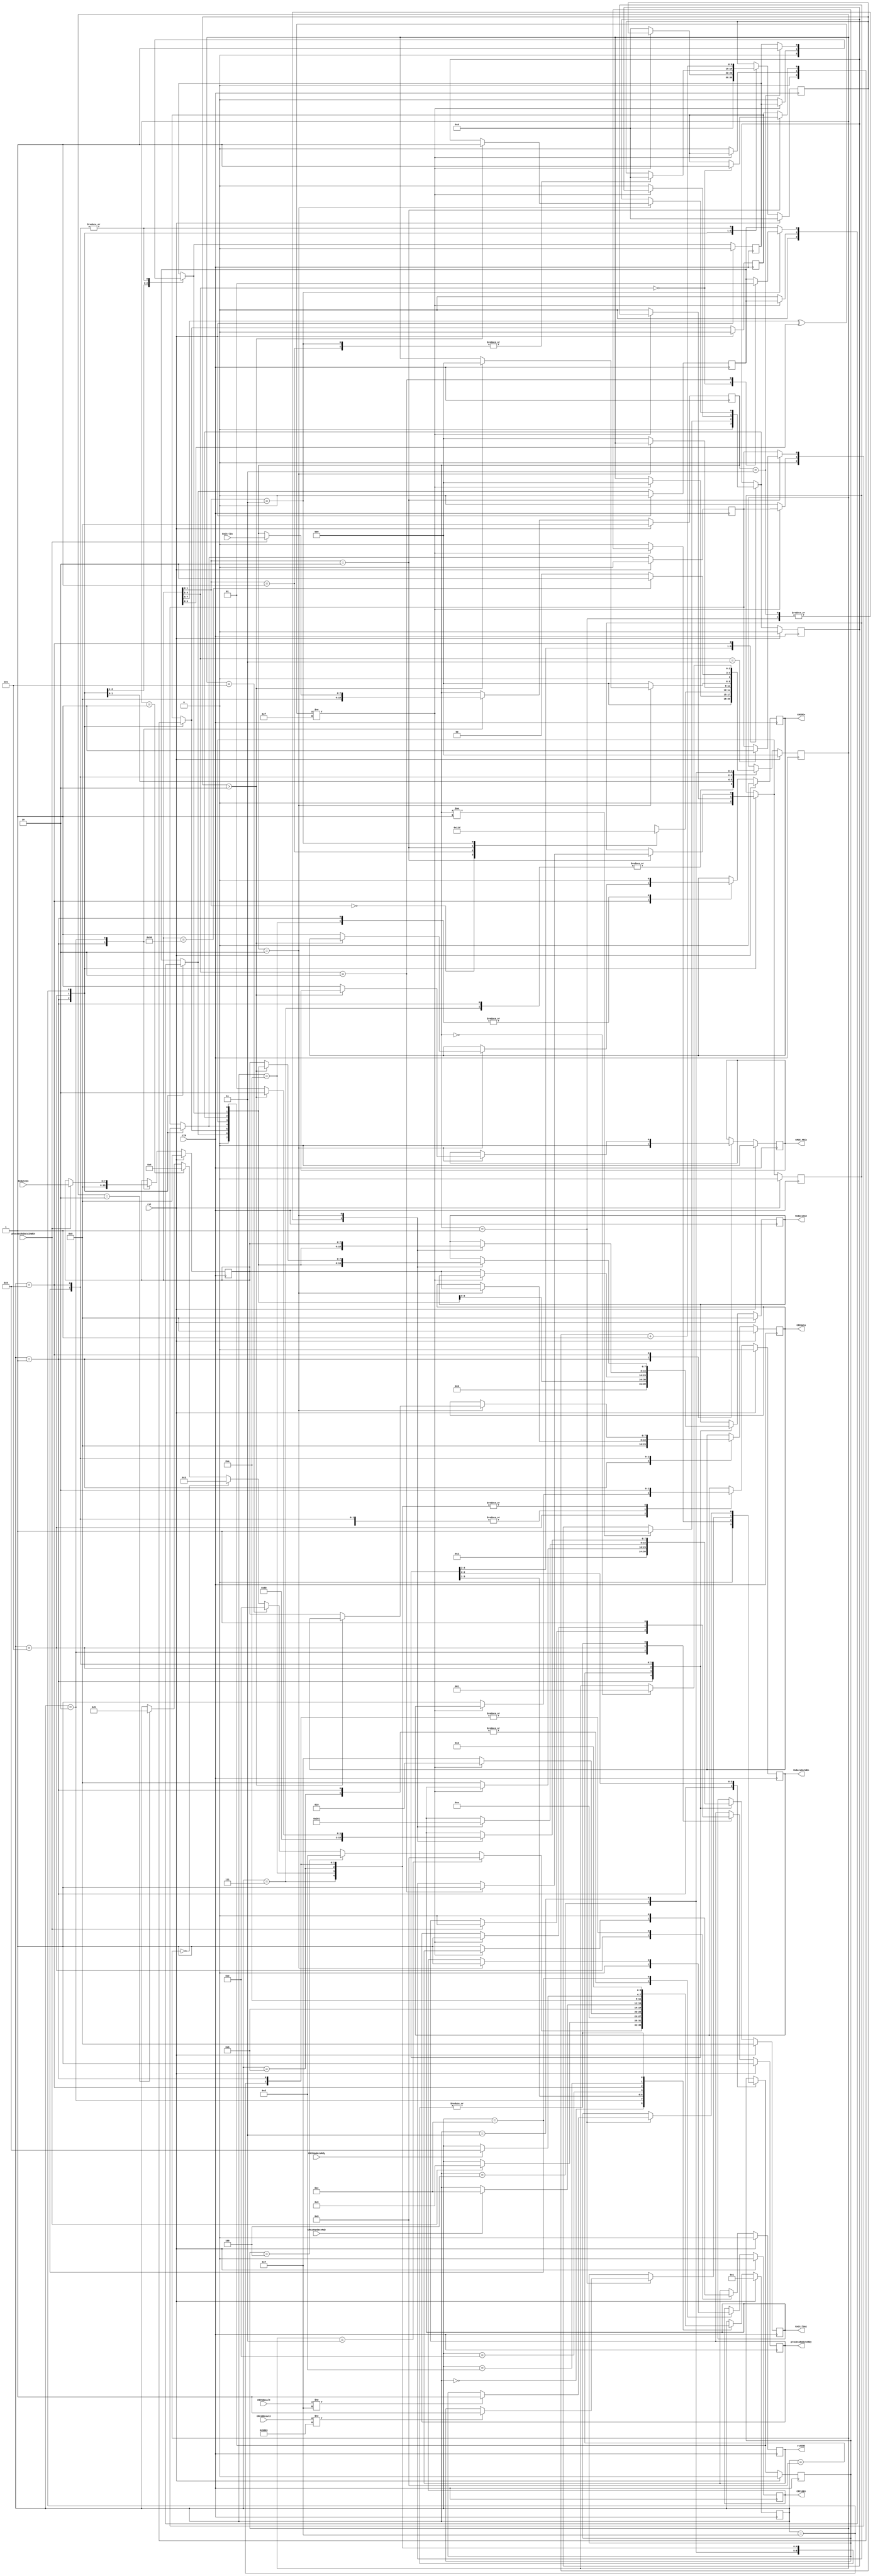
module processRxByte (
	input		[15:0]	CRC16Result,
	input				CRC16UpdateRdy,
	input		[4:0]	CRC5Result,
	input				CRC5UpdateRdy,
	input		[7:0]	RxByteIn,
	input		[7:0]	RxCtrlIn,
	input				clk,
	input				processRxDataInWEn,
	input				rst,
	output	reg			CRC16En,
	output	reg			CRC5En,
	output	reg			CRC5_8Bit,
	output	reg	[7:0]	CRCData,
	output	reg	[7:0]	RxCtrlOut,
	output	reg			RxDataOutWEn,
	output	reg	[7:0]	RxDataOut,
	output	reg			processRxByteRdy,
	output	reg			rstCRC
);

	reg				next_CRC16En;
	reg				next_CRC5En;
	reg				next_CRC5_8Bit;
	reg		[7:0]	next_CRCData;
	reg		[7:0]	next_RxCtrlOut;
	reg				next_RxDataOutWEn;
	reg		[7:0]	next_RxDataOut;
	reg				next_processRxByteRdy;
	reg				next_rstCRC;

	reg				ACKRxed, next_ACKRxed;
	reg				CRCError, next_CRCError;
	reg				NAKRxed, next_NAKRxed;
	reg		[2:0]	RXByteStMachCurrState, next_RXByteStMachCurrState;
	reg		[9:0]	RXDataByteCnt, next_RXDataByteCnt;
	reg		[7:0]	RxByte, next_RxByte;
	reg		[7:0]	RxCtrl, next_RxCtrl;
	reg				RxOverflow, next_RxOverflow;
	wire	[7:0]	RxStatus;
	reg				RxTimeOut, next_RxTimeOut;
	reg				Signal1, next_Signal1;
	reg				bitStuffError, next_bitStuffError;
	reg				dataSequence, next_dataSequence;
	reg				stallRxed, next_stallRxed;

	reg		[3:0]	CurrState_prRxByte;
	reg		[3:0]	NextState_prRxByte;

	assign RxStatus = {1'b0, next_dataSequence, next_ACKRxed, next_stallRxed, next_NAKRxed, next_RxOverflow, next_bitStuffError, next_CRCError};

	//--------------------------------------------------------------------
	// Machine: prRxByte
	//--------------------------------------------------------------------
	//----------------------------------
	// Next State Logic (combinatorial)
	//----------------------------------
	always@(*) begin
		NextState_prRxByte <= CurrState_prRxByte;
		// Set default values for outputs and signals
		next_RxByte <= RxByte;
		next_RxCtrl <= RxCtrl;
		next_RXByteStMachCurrState <= RXByteStMachCurrState;
		next_CRCError <= CRCError;
		next_bitStuffError <= bitStuffError;
		next_RxOverflow <= RxOverflow;
		next_RxTimeOut <= RxTimeOut;
		next_NAKRxed <= NAKRxed;
		next_stallRxed <= stallRxed;
		next_ACKRxed <= ACKRxed;
		next_dataSequence <= dataSequence;
		next_RxDataOut <= RxDataOut;
		next_RxCtrlOut <= RxCtrlOut;
		next_RxDataOutWEn <= RxDataOutWEn;
		next_rstCRC <= rstCRC;
		next_CRCData <= CRCData;
		next_CRC5En <= CRC5En;
		next_CRC5_8Bit <= CRC5_8Bit;
		next_CRC16En <= CRC16En;
		next_RXDataByteCnt <= RXDataByteCnt;
		next_processRxByteRdy <= processRxByteRdy;
		case(CurrState_prRxByte)
			4'd0: begin
				if(RXByteStMachCurrState==3'd3)	NextState_prRxByte <= 4'd8;
				else if(RXByteStMachCurrState==3'd4)	NextState_prRxByte <= 4'd13;
				else if(RXByteStMachCurrState==3'd5)	NextState_prRxByte <= 4'd14;
				else if(RXByteStMachCurrState==3'd0)	NextState_prRxByte <= 4'd3;
				else if(RXByteStMachCurrState==3'd1)	NextState_prRxByte <= 4'd4;
				else if(RXByteStMachCurrState==3'd2)	NextState_prRxByte <= 4'd5;
			end
			4'd1: begin
				next_RxByte <= 8'h00;
				next_RxCtrl <= 8'h00;
				next_RXByteStMachCurrState <= 3'd0;
				next_CRCError <= 1'b0;
				next_bitStuffError <= 1'b0;
				next_RxOverflow <= 1'b0;
				next_RxTimeOut <= 1'b0;
				next_NAKRxed <= 1'b0;
				next_stallRxed <= 1'b0;
				next_ACKRxed <= 1'b0;
				next_dataSequence <= 1'b0;
				next_RxDataOut <= 8'h00;
				next_RxCtrlOut <= 8'h00;
				next_RxDataOutWEn <= 1'b0;
				next_rstCRC <= 1'b0;
				next_CRCData <= 8'h00;
				next_CRC5En <= 1'b0;
				next_CRC5_8Bit <= 1'b0;
				next_CRC16En <= 1'b0;
				next_RXDataByteCnt <= 10'h00;
				next_processRxByteRdy <= 1'b1;
				NextState_prRxByte <= 4'd2;
			end
			4'd2: begin
				if(processRxDataInWEn) begin
					NextState_prRxByte <= 4'd0;
					next_RxByte <= RxByteIn;
					next_RxCtrl <= RxCtrlIn;
					next_processRxByteRdy <= 1'b0; end
			end
			4'd7: begin
				next_RxDataOutWEn <= 1'b0;
				next_RXByteStMachCurrState <= 3'd0;
				NextState_prRxByte <= 4'd2;
				next_processRxByteRdy <= 1'b1;
			end
			4'd8: begin
				NextState_prRxByte <= 4'd7;
				if(RxCtrl!=8'd1)	next_RxOverflow <= 1'b1;	//If more than PID rxed, then report error
				next_RxDataOut <= RxStatus;
				next_RxCtrlOut <= 2;
				next_RxDataOutWEn <= 1'b1;
			end
			4'd5: begin
				if((RxByte[7:4]^RxByte[3:0])!=4'hf) begin
					NextState_prRxByte <= 4'd2;
					next_RXByteStMachCurrState <= 3'd0;
					next_processRxByteRdy <= 1'b1; end
				else begin
					NextState_prRxByte <= 4'd6;
					next_CRCError <= 1'b0;
					next_bitStuffError <= 1'b0;
					next_RxOverflow <= 1'b0;
					next_NAKRxed <= 1'b0;
					next_stallRxed <= 1'b0;
					next_ACKRxed <= 1'b0;
					next_dataSequence <= 1'b0;
					next_RxTimeOut <= 1'b0;
					next_RXDataByteCnt <= 10'h000;
					next_RxDataOut <= RxByte;
					next_RxCtrlOut <= 0;
					next_RxDataOutWEn <= 1'b1;
					next_rstCRC <= 1'b1; end
			end
			4'd6: begin
				next_rstCRC <= 1'b0;
				next_RxDataOutWEn <= 1'b0;
				case(RxByte[1:0] )
					2'b00: begin	//Special PID.
						next_RXByteStMachCurrState <= 3'd0;
					end
					2'b01: begin	//Token PID
						next_RXByteStMachCurrState <= 3'd4;
						next_RXDataByteCnt <= 0;
					end
					2'b10: begin	//Handshake PID
						case(RxByte[3:2])
							2'b00:	next_ACKRxed <= 1'b1;
							2'b10:	next_NAKRxed <= 1'b1;
							2'b11:	next_stallRxed <= 1'b1;
							default:;
						endcase
						next_RXByteStMachCurrState <= 3'd3;
					end
					2'b11: begin	//Data PID
						case(RxByte[3:2])
							2'b00:	next_dataSequence <= 1'b0;
							2'b10:	next_dataSequence <= 1'b1;
							default:;
						endcase
						next_RXByteStMachCurrState <= 3'd5;
						next_RXDataByteCnt <= 0;
					end
				endcase
				NextState_prRxByte <= 4'd2;
				next_processRxByteRdy <= 1'b1;
			end
			4'd11: begin
				next_CRC16En <= 1'b0;
				next_RxDataOutWEn <= 1'b0;
				NextState_prRxByte <= 4'd2;
				next_processRxByteRdy <= 1'b1;
			end
			4'd12: begin
				next_RXDataByteCnt <= RXDataByteCnt + 1'b1;
				case(RxCtrl)
					8'd1: begin
						if(CRC16Result!=16'hb001)	next_CRCError <= 1'b1;
						next_RxDataOut <= RxStatus;
						next_RxCtrlOut <= 2;
						next_RXByteStMachCurrState <= 3'd0;
					end
					8'd3: begin
						next_bitStuffError <= 1'b1;
						next_RxDataOut <= RxStatus;
						next_RxCtrlOut <= 2;
						next_RXByteStMachCurrState <= 3'd0;
					end
					8'd2: begin
						next_RxDataOut <= RxByte;
						next_RxCtrlOut <= 1;
						next_CRCData <= RxByte;
						next_CRC16En <= 1'b1;
					end
					default: begin
						next_RXByteStMachCurrState <= 3'd0;
					end
				endcase
				next_RxDataOutWEn <= 1'b1;
				NextState_prRxByte <= 4'd11;
			end
			4'd14: begin
				if(CRC16UpdateRdy)	NextState_prRxByte <= 4'd12;
			end
			4'd9: begin
				next_RXDataByteCnt <= RXDataByteCnt + 1'b1;
				case(RxCtrl)
					8'd1: begin
						if(CRC5Result!=5'h6)	next_CRCError <= 1'b1;
						next_RxDataOut <= RxStatus;
						next_RxCtrlOut <= 2;
						next_RXByteStMachCurrState <= 3'd0;
					end
					8'd3: begin
						next_bitStuffError <= 1'b1;
						next_RxDataOut <= RxStatus;
						next_RxCtrlOut <= 2;
						next_RXByteStMachCurrState <= 3'd0;
					end
					8'd2: begin
						if(RXDataByteCnt>10'h2) begin
							next_RxOverflow <= 1'b1;
							next_RxDataOut <= RxStatus;
							next_RxCtrlOut <= 2;
							next_RXByteStMachCurrState <= 3'd0; end
						else begin
							next_RxDataOut <= RxByte;
							next_RxCtrlOut <= 1;
							next_CRCData <= RxByte;
							next_CRC5_8Bit <= 1'b1;
							next_CRC5En <= 1'b1; end
					end
					default: begin
						next_RXByteStMachCurrState <= 3'd0;
					end
				endcase
				next_RxDataOutWEn <= 1'b1;
				NextState_prRxByte <= 4'd10;
			end
			4'd10: begin
				next_CRC5En <= 1'b0;
				next_RxDataOutWEn <= 1'b0;
				NextState_prRxByte <= 4'd2;
				next_processRxByteRdy <= 1'b1;
			end
			4'd13: begin
				if(CRC5UpdateRdy)	NextState_prRxByte <= 4'd9;
			end
			4'd4: begin
				if(RxByte==8'h80)	next_RXByteStMachCurrState <= 3'd2;
				else				next_RXByteStMachCurrState <= 3'd0;
				NextState_prRxByte <= 4'd2;
				next_processRxByteRdy <= 1'b1;
			end
			4'd3: begin
				if(RxCtrl==8'd0)	next_RXByteStMachCurrState <= 3'd1;
				NextState_prRxByte <= 4'd2;
				next_processRxByteRdy <= 1'b1;
			end
		endcase
	end

	//----------------------------------
	// Current State Logic (sequential)
	//----------------------------------
	always@(posedge clk) begin
		if(rst)	CurrState_prRxByte <= 4'd1;
		else	CurrState_prRxByte <= NextState_prRxByte;
	end

	//----------------------------------
	// Registered outputs logic
	//----------------------------------
	always@(posedge clk) begin
		if(rst) begin
			RxByte <= 8'h00;
			RxCtrl <= 8'h00;
			RXByteStMachCurrState <= 3'd0;
			CRCError <= 1'b0;
			bitStuffError <= 1'b0;
			RxOverflow <= 1'b0;
			RxTimeOut <= 1'b0;
			NAKRxed <= 1'b0;
			stallRxed <= 1'b0;
			ACKRxed <= 1'b0;
			dataSequence <= 1'b0;
			RXDataByteCnt <= 10'h00;
			RxDataOut <= 8'h00;
			RxCtrlOut <= 8'h00;
			RxDataOutWEn <= 1'b0;
			rstCRC <= 1'b0;
			CRCData <= 8'h00;
			CRC5En <= 1'b0;
			CRC5_8Bit <= 1'b0;
			CRC16En <= 1'b0;
			processRxByteRdy <= 1'b1; end
		else begin
			RxByte <= next_RxByte;
			RxCtrl <= next_RxCtrl;
			RXByteStMachCurrState <= next_RXByteStMachCurrState;
			CRCError <= next_CRCError;
			bitStuffError <= next_bitStuffError;
			RxOverflow <= next_RxOverflow;
			RxTimeOut <= next_RxTimeOut;
			NAKRxed <= next_NAKRxed;
			stallRxed <= next_stallRxed;
			ACKRxed <= next_ACKRxed;
			dataSequence <= next_dataSequence;
			RXDataByteCnt <= next_RXDataByteCnt;
			RxDataOut <= next_RxDataOut;
			RxCtrlOut <= next_RxCtrlOut;
			RxDataOutWEn <= next_RxDataOutWEn;
			rstCRC <= next_rstCRC;
			CRCData <= next_CRCData;
			CRC5En <= next_CRC5En;
			CRC5_8Bit <= next_CRC5_8Bit;
			CRC16En <= next_CRC16En;
			processRxByteRdy <= next_processRxByteRdy; end
	end

endmodule